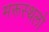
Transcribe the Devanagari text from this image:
मरूस्थलो